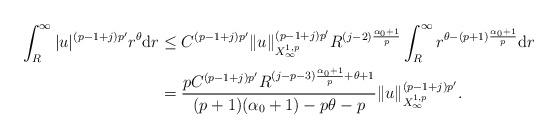
LaTeX: \begin{align*}\int_R^\infty |u|^{(p-1+j)p'}r^\theta\mathrm dr&\leq C^{(p-1+j)p'}\|u\|_{X^{1,p}_\infty}^{(p-1+j)p'}R^{(j-2)\frac{\alpha_0+1}{p}}\int_R^{\infty}r^{\theta-(p+1)\frac{\alpha_0+1}p}\mathrm dr\\&=\dfrac{pC^{(p-1+j)p'}R^{(j-p-3)\frac{\alpha_0+1}p+\theta+1}}{(p+1)(\alpha_0+1)-p\theta-p}\|u\|_{X^{1,p}_\infty}^{(p-1+j)p'}.\end{align*}